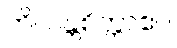
ကိလန္တစိတ္တာဧဝ